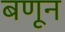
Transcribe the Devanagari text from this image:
बणून